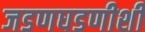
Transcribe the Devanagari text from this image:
जडणघडणीशी